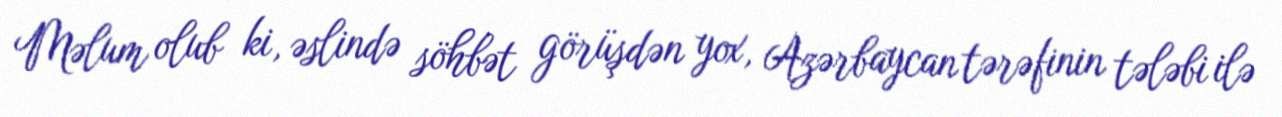
Məlum olub ki, əslində söhbət görüşdən yox, Azərbaycan tərəfinin tələbi ilə